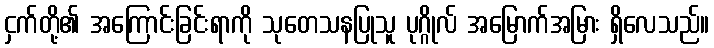
ငှက်တို့၏ အကြောင်းခြင်းရာကို သုတေသနပြုသူ ပုဂ္ဂိုလ် အမြောက်အမြား ရှိလေသည်။